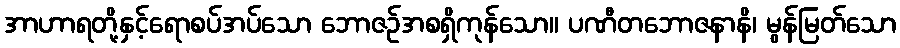
အာဟာရတို့နှင့်ရောစပ်အပ်သော ဘောဇဉ်အစရှိကုန်သော။ ပဏီတဘောဇနာနိ၊ မွန်မြတ်သော